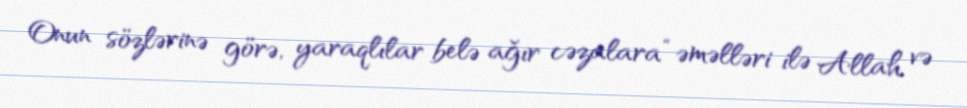
Onun sözlərinə görə, yaraqlılar belə ağır cəzalara “əməlləri ilə Allah və